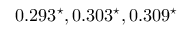
0 . 2 9 3 ^ { \star } , 0 . 3 0 3 ^ { \star } , 0 . 3 0 9 ^ { \star }